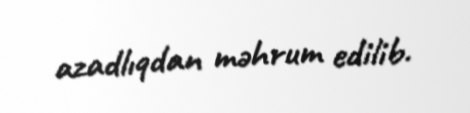
azadlıqdan məhrum edilib.